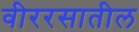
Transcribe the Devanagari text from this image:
वीररसातील